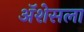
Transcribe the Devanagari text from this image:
ॲशेसला